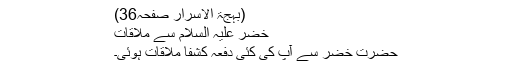
(بہجۃ الاسرار صفحہ36)
خضر علیہ السلام سے ملاقات
حضرت خضرؑ سے آپ کی کئی دفعہ کشفا ملاقات ہوئی۔